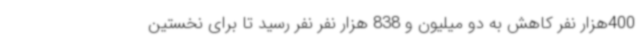
400هزار نفر کاهش به دو میلیون و 838 هزار نفر نفر رسید تا برای نخستین